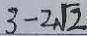
3 - 2 \sqrt { 2 }